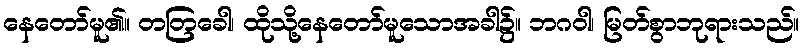
နေတော်မူ၏။ တတြခေါ၊ ထိုသို့နေတော်မူသောအခါ၌။ ဘဂဝါ၊ မြတ်စွာဘုရားသည်။